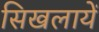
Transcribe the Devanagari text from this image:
सिखलायें